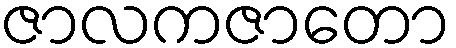
ဇာလကဇာတော